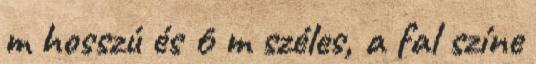
m hosszú és 6 m széles, a fal színe